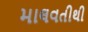
માલવતીથી